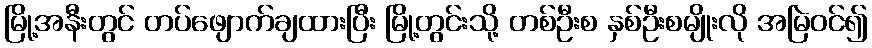
မြို့အနီးတွင် တပ်ဖျောက်ချထားပြီး မြို့တွင်းသို့ တစ်ဦးစ နှစ်ဦးစမျိုးလို အမြဲဝင်၍